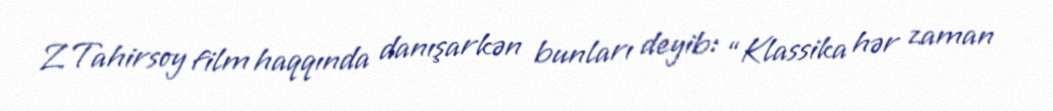
Z.Tahirsoy film haqqında danışarkən bunları deyib: “Klassika hər zaman